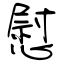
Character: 慰